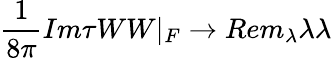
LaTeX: {\frac{1}{8\pi}}Im\tau WW|_{F}\rightarrow Rem_{\lambda}\lambda\lambda